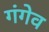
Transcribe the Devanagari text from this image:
गंगेव